Indian journal of veterinary science and animal husbandry - Volumes 22-23, 1952-1953
Year: 1952
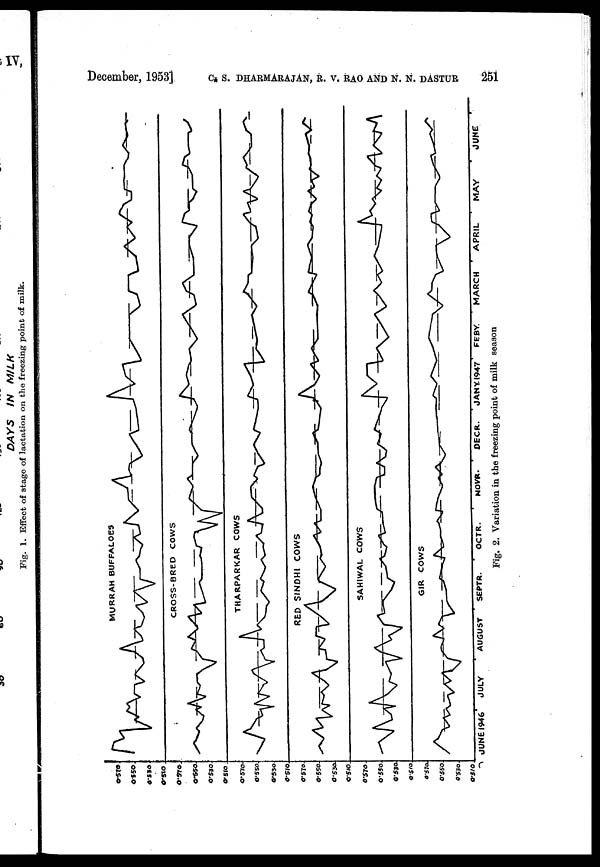
December, 1953] C. S. DHARMARAJAN, R. V. RAO AND N. N. DASTUR 251
Fig. 2. Variation in the freezing point of milk season